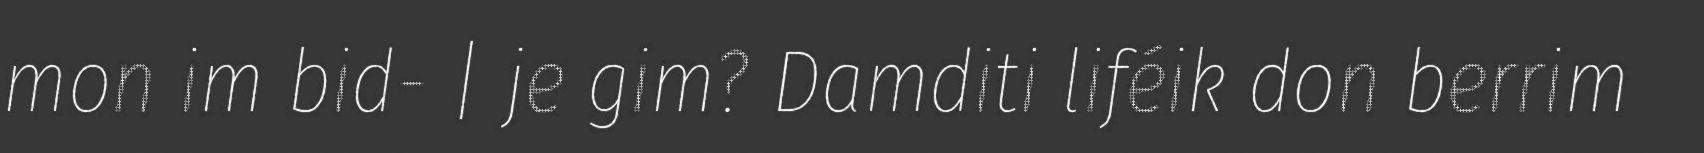
mon im bid- | je gim? Damditi liféik don berrim